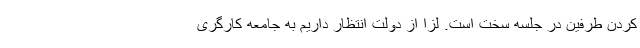
کردن طرفین در جلسه سخت است. لزا از دولت انتظار داریم به جامعه کارگری